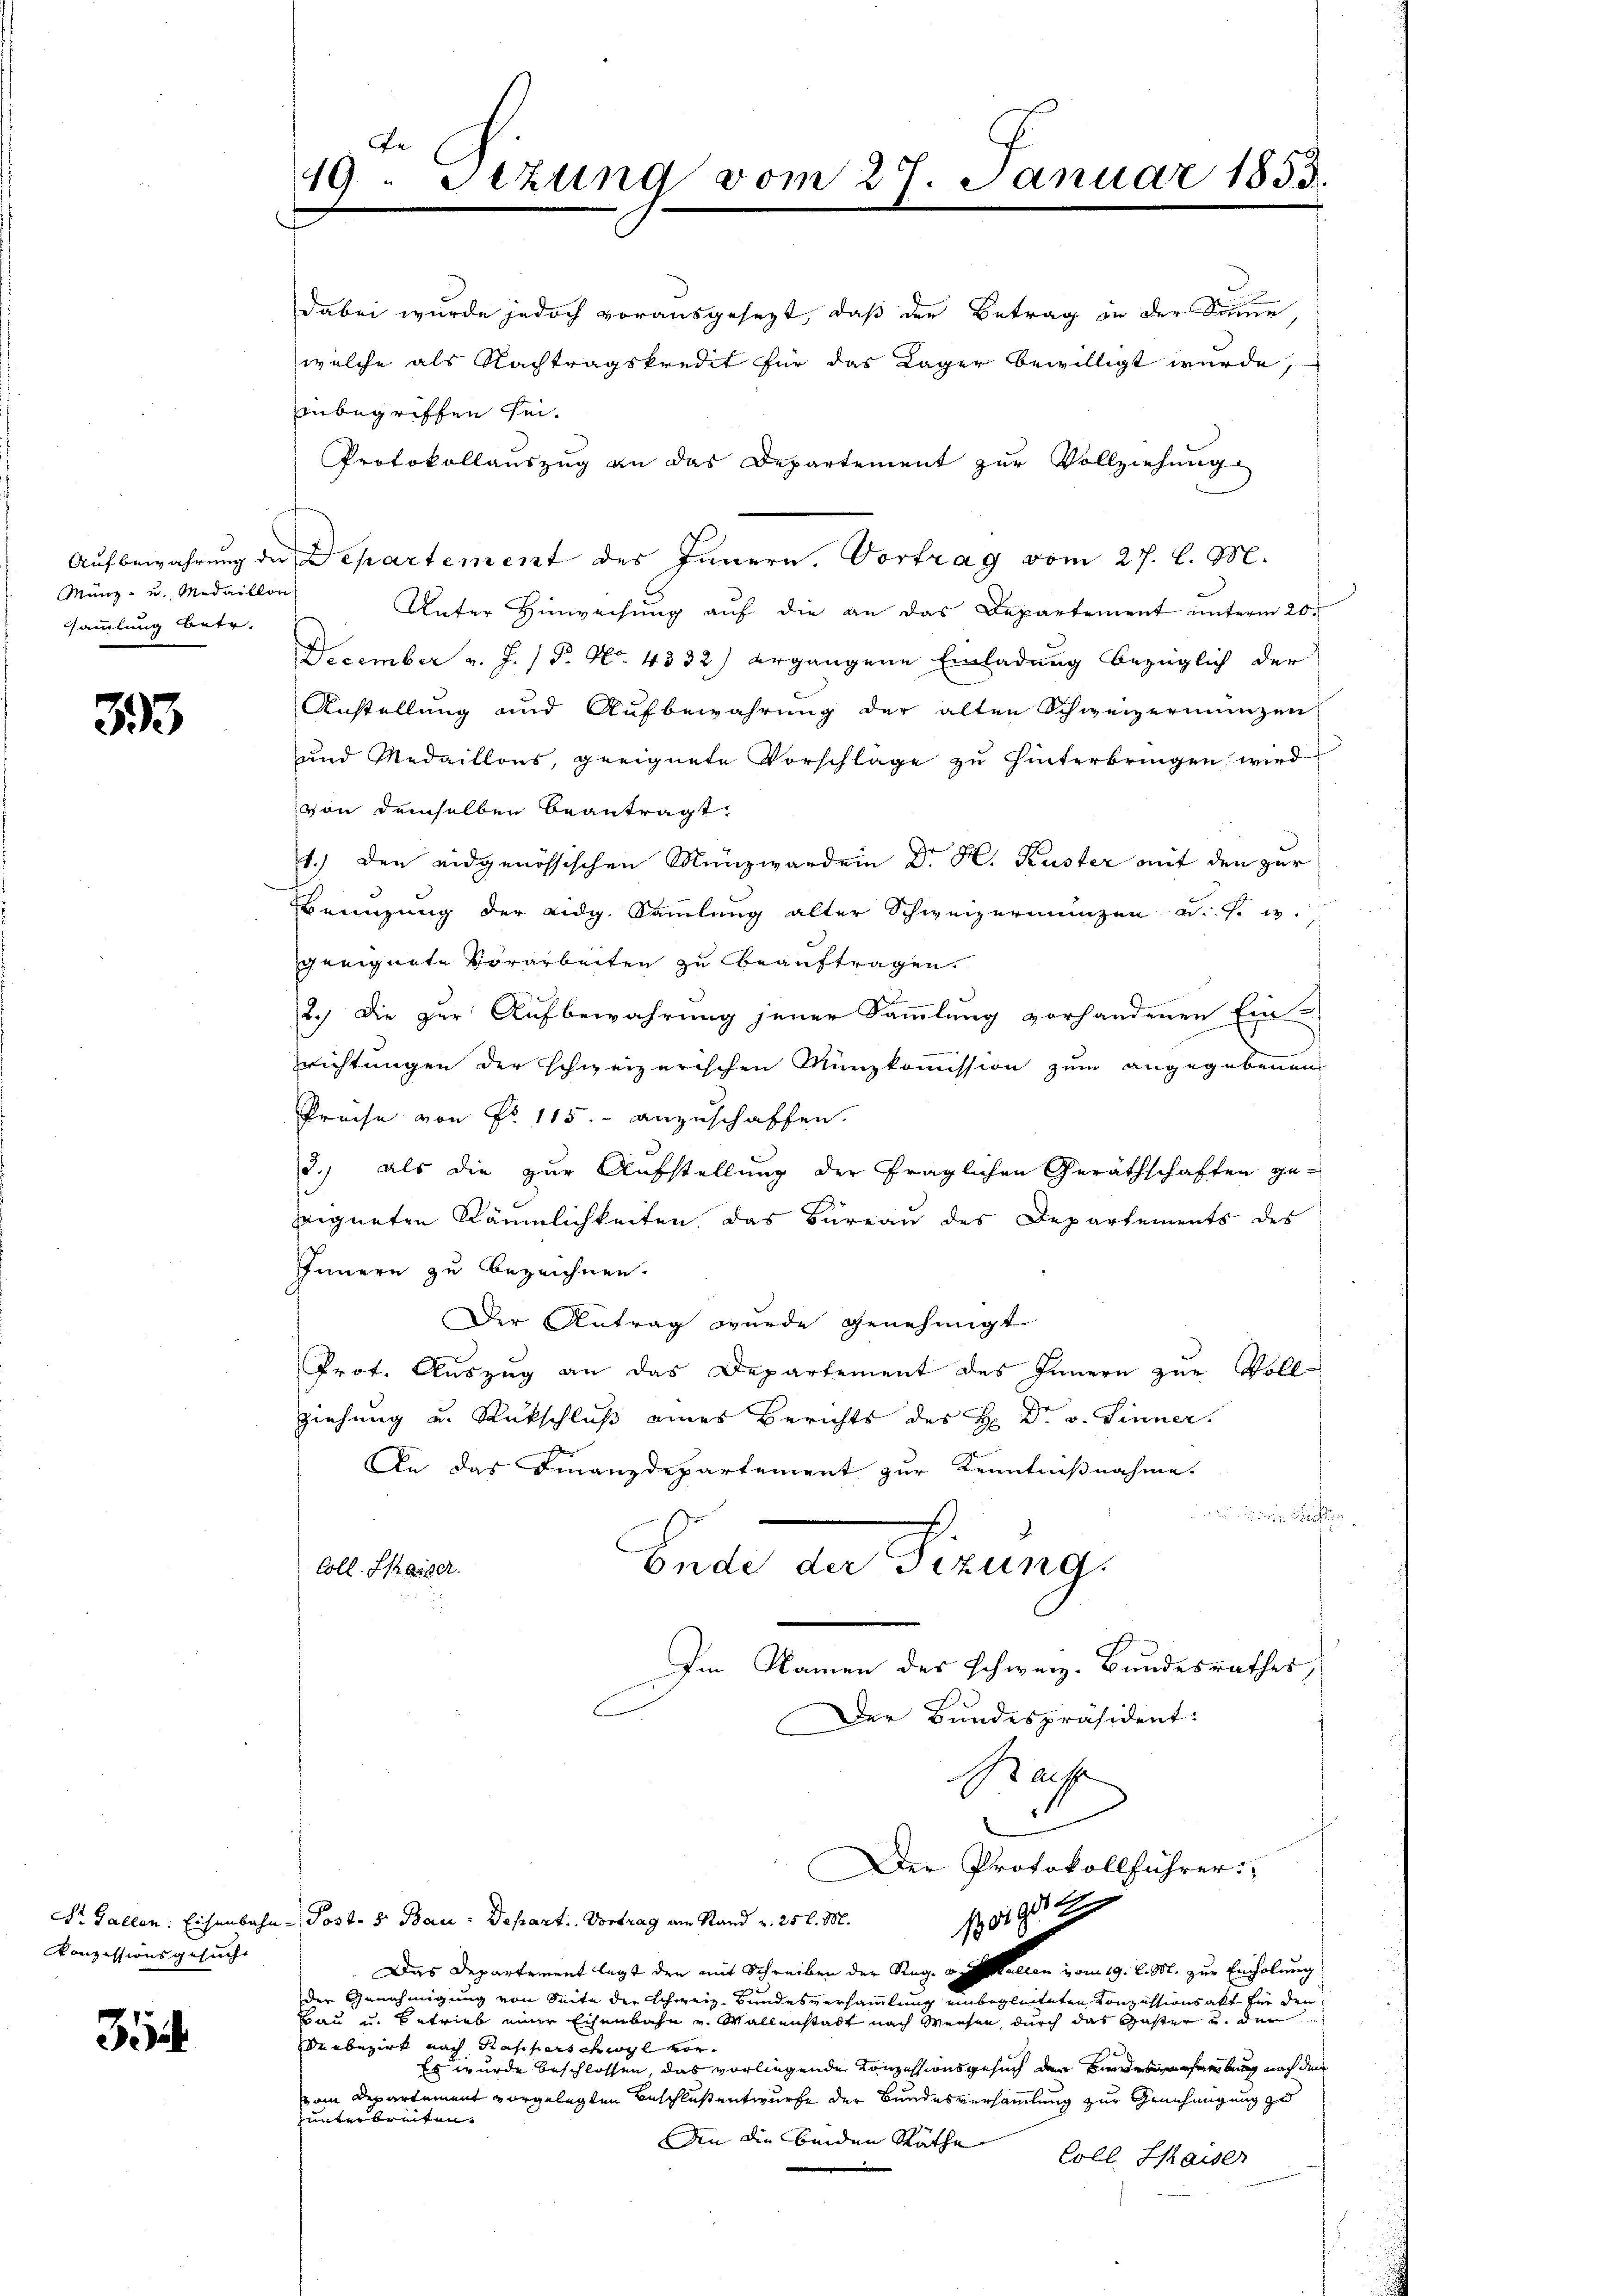
Aufbewahrung der
Münz- u. Medaillon
ssammlung betr.

393

Konzessionsgesuchs

3

Te
19. Sezung vom 27. Januar 1853

dabei wurde jedoch vorausgesezt, daß der Betrag in der Sonne
welche als Nachtragskredit für das Lager bewilligt wurde,
inbegriffen sei.
Protokollauszug an das Departement zŭr Vollziehung

Departement des Innern. Vortrag vom 27. l. M.
Unter Hinweisung auf die an das Departement unterm 20.
December v. J. P. No. 4332) ergangene Einladung bezüglich der
Anstellung und Aufbewahrung der alten Schweizermanzen
und Medaillons, geeignete Vorschläge zu hinterbringen wird
von demselben beantragt
1.) Den eidgenössischen Münzward ein Dr. H. Kuster mit den zur
einzung der eidg. Sammlung alter Schweizeringen u. s. w.
geeignete Vorarbeiten zu beauftragen.
2.) Die zur Aufbewahrung jener Sammlung vorhandenen Ein-
richtungen der schweizerischen Münzkommission zum angegebenen
Preise von Fr. 115. anzuschaffen.
3.) als die zur Aufstellung der fraglichen Geräthschaften ge-
eigneten Räumlichkeiten das Büreau des Departements des
Innern zu bezeichnen.
Der Antrag wurde genehmigt
Prot. Auszug an das Departement des Innern zur Voll-
ziehung u. Rückschluß eines Berichts des H: Dr. v. Linner.
An das Finanzdepartement zur Kenntnißnahme.

berde den Firung.
Coll. Casser.
Im Namen des schweiz. Bundesrathes,
Der Bundespräsident:
Ra
Der Protokollführer.
594
St. Gallen: Eisenbahn-Post- & Bau-Depart. Vortrag am Stand u. 25 l. M.
Das Departement legt den mit Schreiben der Reg. v. Walten vom 19. d. M. zur Einholung
der Genehmigung von Seite der Schweiz. Bundesversammlung einbegleiteten Konzessionsakt für den
Bau u. betrieb einer Eisenbahn und Wallenstadt nach Weisen, durch das Gaster u. den
eebezirk nach Kasperschwyl vor
Es wurde beschlossen, das vorliegende Konzessionsgesuch der Bundesverhebung nach dem
am Departement vorgelegten Beschluß entwurfe der Bundesversammlung zur Genehmigung zu
zunter brüten.
An die beiden Räthe
Coll. Chaiser